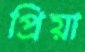
প্রিয়া